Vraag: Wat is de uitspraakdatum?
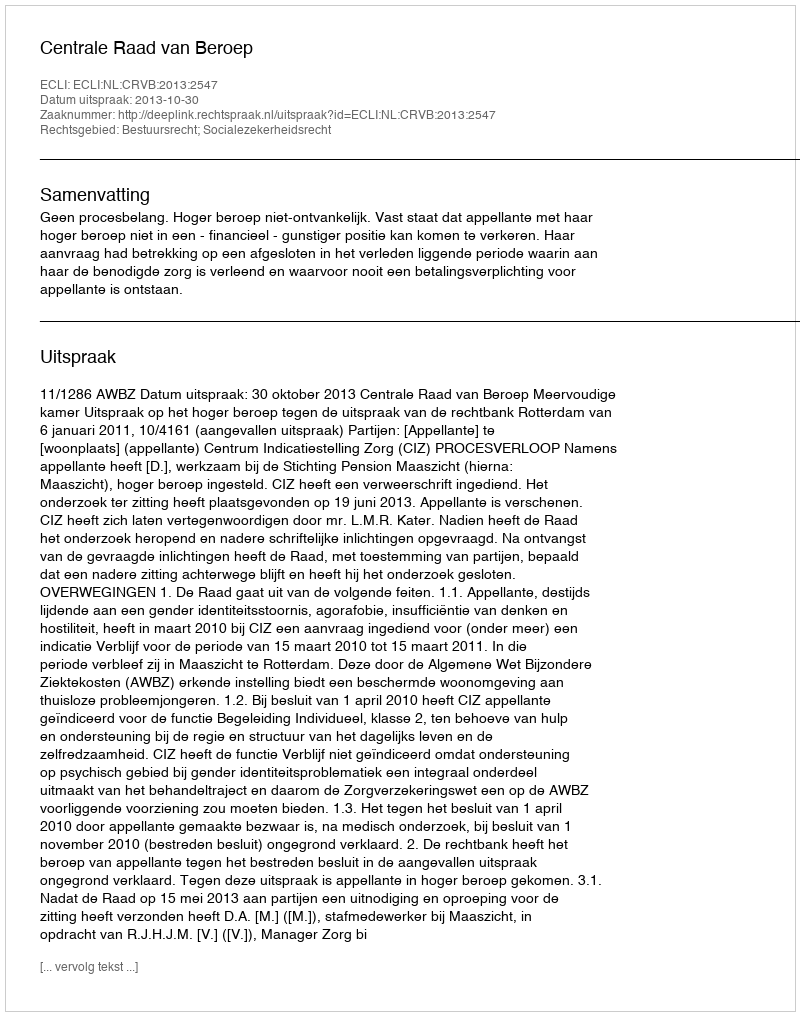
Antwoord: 2013-10-30